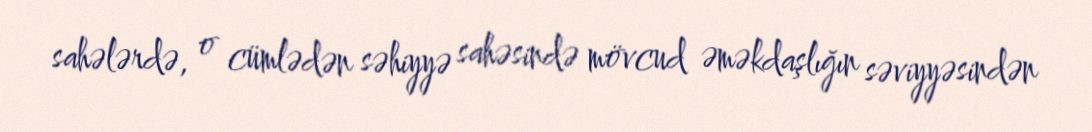
sahələrdə, o cümlədən səhiyyə sahəsində mövcud əməkdaşlığın səviyyəsindən